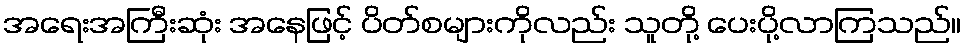
အရေးအကြီးဆုံး အနေဖြင့် ပိတ်စများကိုလည်း သူတို့ ပေးပို့လာကြသည်။